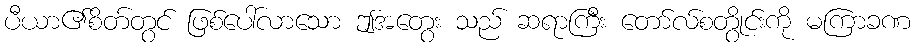
ပီယာ၏စိတ်တွင် ဖြစ်ပေါ်လာသော ဤအတွေး သည် ဆရာကြီး တော်လ်စတွိုင်းကို မကြာခဏ